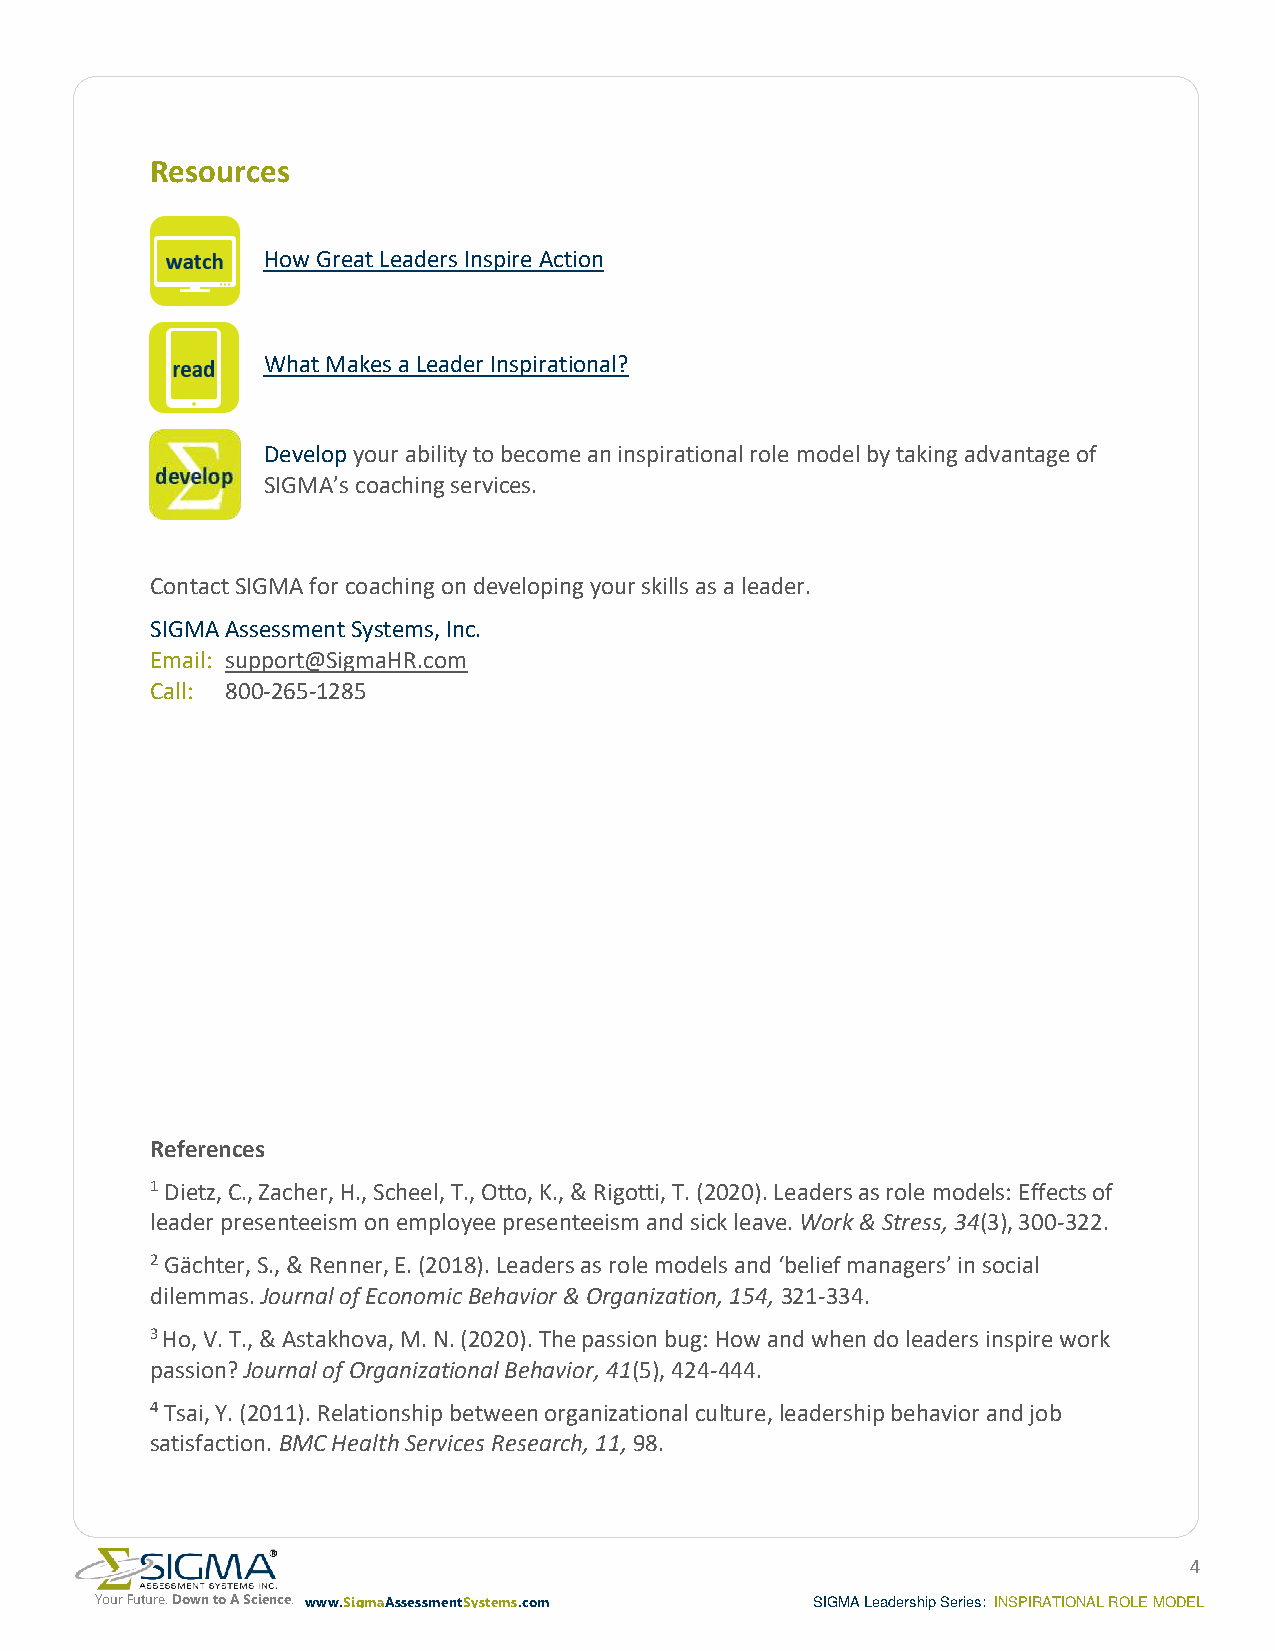
Resources
 How Great Leaders Inspire Action
 What Makes a Leader Inspirational?
 Develop your ability to become an inspirational role model by taking advantage of
 SIGMA’s coaching services.
 Contact SIGMA for coaching on developing your skills as a leader.
 SIGMA Assessment Systems, Inc.
 Email: support@SigmaHR.com
 Call: 800-265-1285
 References
 1 Dietz, C., Zacher, H., Scheel, T., Otto, K., & Rigotti, T. (2020). Leaders as role models: Effects of
 leader presenteeism on employee presenteeism and sick leave. Work & Stress, 34(3), 300-322.
 2 Gächter, S., & Renner, E. (2018). Leaders as role models and ‘belief managers’ in social
 dilemmas. Journal of Economic Behavior & Organization, 154, 321-334.
 3 Ho, V. T., & Astakhova, M. N. (2020). The passion bug: How and when do leaders inspire work
 passion? Journal of Organizational Behavior, 41(5), 424-444.
 4 Tsai, Y. (2011). Relationship between organizational culture, leadership behavior and job
 satisfaction. BMC Health Services Research, 11, 98.
 4
 Your Future. Down to A Science. www.SigmaAssessmentSystems.com SIGMA Leadership Series: INSPIRATIONAL ROLE MODEL